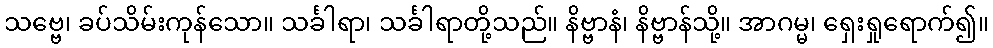
သဗ္ဗေ၊ ခပ်သိမ်းကုန်သော။ သင်္ခါရာ၊ သင်္ခါရာတို့သည်။ နိဗ္ဗာနံ၊ နိဗ္ဗာန်သို့။ အာဂမ္မ၊ ရှေးရှုရောက်၍။